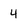
Character: 4